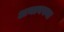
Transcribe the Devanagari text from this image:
अनावस्था